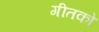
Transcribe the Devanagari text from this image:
गीतको